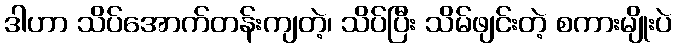
ဒါဟာ သိပ်အောက်တန်းကျတဲ့၊ သိပ်ပြီး သိမ်ဖျင်းတဲ့ စကားမျိုးပဲ